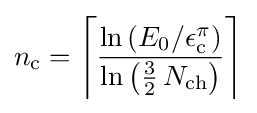
n_{\text{c}}=\left\lceil {\frac {\ln \left(E_{0}/\epsilon _{\text{c}}^{\pi }\right)}{\ln \left({\tfrac {3}{2}}\,N_{\text{ch}}\right)}}\right\rceil